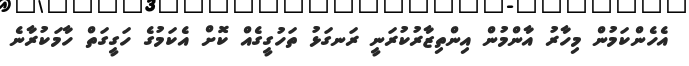
އެހެންކަމުން މިހާރު އާންމުން އިންތިޒާރުކުރަނީ ރަނގަޅު ތަހުގީގެއް ކޮށް އެކަމުގެ ހަގީގަތް ހާމަކުރާނެ